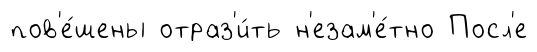
пов'е́шены отраз'и́ть н'езам'е́тно Посл'е